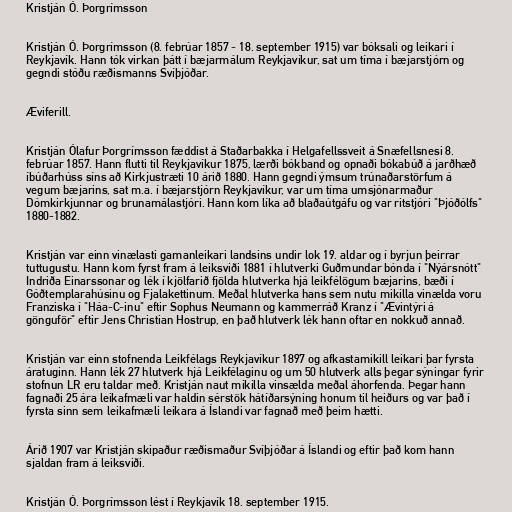
Kristján Ó. Þorgrímsson

Kristján Ó. Þorgrímsson (8. febrúar 1857 - 18. september 1915) var bóksali og leikari í
Reykjavík. Hann tók virkan þátt í bæjarmálum Reykjavíkur, sat um tíma í bæjarstjórn og
gegndi stóðu ræðismanns Svíþjóðar.

Æviferill.

Kristján Ólafur Þorgrímsson fæddist á Staðarbakka í Helgafellssveit á Snæfellsnesi 8.
febrúar 1857. Hann flutti til Reykjavíkur 1875, lærði bókband og opnaði bókabúð á jarðhæð
íbúðarhúss síns að Kirkjustræti 10 árið 1880. Hann gegndi ýmsum trúnaðarstörfum á
vegum bæjarins, sat m.a. í bæjarstjórn Reykjavíkur, var um tíma umsjónarmaður
Dómkirkjunnar og brunamálastjóri. Hann kom líka að blaðaútgáfu og var ritstjóri "Þjóðólfs"
1880-1882.

Kristján var einn vinælasti gamanleikari landsins undir lok 19. aldar og í byrjun þeirrar
tuttugustu. Hann kom fyrst fram á leiksviði 1881 í hlutverki Guðmundar bónda í "Nýársnótt"
Indriða Einarssonar og lék í kjölfarið fjölda hlutverka hjá leikfélögum bæjarins, bæði í
Góðtemplarahúsinu og Fjalakettinum. Meðal hlutverka hans sem nutu mikilla vinælda voru
Franziska í "Háa-C-inu" eftir Sophus Neumann og kammerráð Kranz í "Ævintýri á
gönguför" eftir Jens Christian Hostrup, en það hlutverk lék hann oftar en nokkuð annað.

Kristján var einn stofnenda Leikfélags Reykjavíkur 1897 og afkastamikill leikari þar fyrsta
áratuginn. Hann lék 27 hlutverk hjá Leikfélaginu og um 50 hlutverk alls þegar sýningar fyrir
stofnun LR eru taldar með. Kristján naut mikilla vinsælda meðal áhorfenda. Þegar hann
fagnaði 25 ára leikafmæli var haldin sérstök hátíðarsýning honum til heiðurs og var það í
fyrsta sinn sem leikafmæli leikara á Íslandi var fagnað með þeim hætti.

Árið 1907 var Kristján skipaður ræðismaður Svíþjóðar á Íslandi og eftir það kom hann
sjaldan fram á leiksviði.

Kristján Ó. Þorgrímsson lést í Reykjavík 18. september 1915.